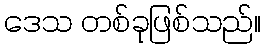
ဒေသ တစ်ခုဖြစ်သည်။